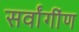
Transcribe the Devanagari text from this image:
सर्वांगींण